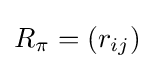
R_{\pi }=(r_{ij})